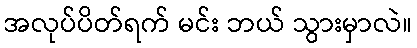
အလုပ်ပိတ်ရက် မင်း ဘယ် သွားမှာလဲ။